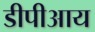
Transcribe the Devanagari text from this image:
डीपीआय